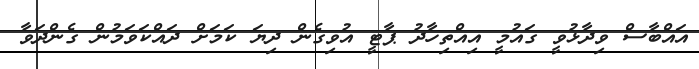
އައްބާސް ވިދާޅުވީ ގައުމީ އިއްތިހާދު ޕާޓީ އުވިގެން ދިޔަ ކަމަށް ދައްކަވަމުން ގެންދަވާ